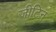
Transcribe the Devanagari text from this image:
जीटिन